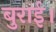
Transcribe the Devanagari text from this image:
बुराई।